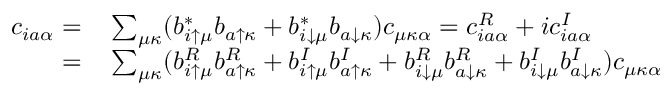
\begin{array} { r l } { c _ { i a \alpha } = } & { { } \sum _ { \mu \kappa } ( b _ { i \uparrow \mu } ^ { * } b _ { a \uparrow \kappa } + b _ { i \downarrow \mu } ^ { * } b _ { a \downarrow \kappa } ) c _ { \mu \kappa \alpha } = c _ { i a \alpha } ^ { R } + i c _ { i a \alpha } ^ { I } } \\ { = } & { { } \sum _ { \mu \kappa } ( b _ { i \uparrow \mu } ^ { R } b _ { a \uparrow \kappa } ^ { R } + b _ { i \uparrow \mu } ^ { I } b _ { a \uparrow \kappa } ^ { I } + b _ { i \downarrow \mu } ^ { R } b _ { a \downarrow \kappa } ^ { R } + b _ { i \downarrow \mu } ^ { I } b _ { a \downarrow \kappa } ^ { I } ) c _ { \mu \kappa \alpha } } \end{array}